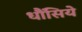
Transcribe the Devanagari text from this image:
धौंसिये